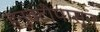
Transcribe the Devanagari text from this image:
हनुवटीपासून